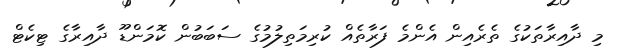
މި ދާއިރާތަކުގެ ތެރެއިން އެންމެ ފަރާތެއް ކުރިމަތިލުމުގެ ސަބަބުން ކޮމަންޑޫ ދާއިރާގެ ޓިކެޓް